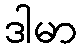
ဒါမာ